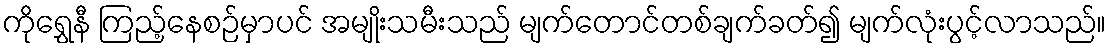
ကိုရွှေနီ ကြည့်နေစဉ်မှာပင် အမျိုးသမီးသည် မျက်တောင်တစ်ချက်ခတ်၍ မျက်လုံးပွင့်လာသည်။